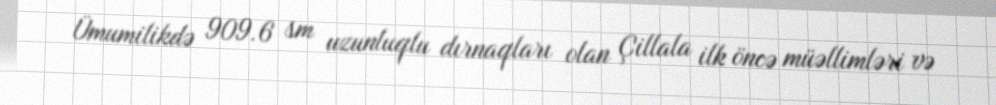
Ümumilikdə 909.6 sm uzunluqlu dırnaqları olan Çillala ilk öncə müəllimləri və